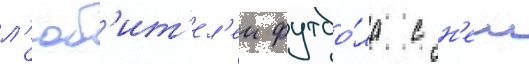
л'юб'ит'ел'еи футбо́ла с н'еи